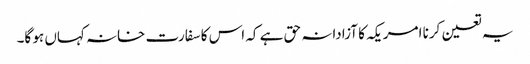
یہ تعین کرنا امریکہ کا آزادانہ حق ہے کہ اس کا سفارت خانہ کہاں ہو گا۔